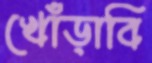
খোঁড়াবি